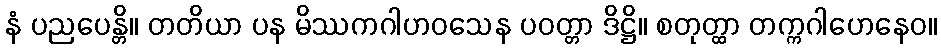
နံ ပညပေန္တိ။ တတိယာ ပန မိဿကဂါဟဝသေန ပဝတ္တာ ဒိဋ္ဌိ။ စတုတ္ထာ တက္ကဂါဟေနေဝ။